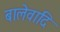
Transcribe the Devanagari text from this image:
बालेवादि